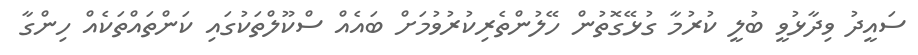
ސައީދު ވިދާޅުވީ ބުލީ ކުރުމާ ގުޅޭގޮތުން ހޭލުންތެރިކުރުވުމަށް ބައެއް ސްކޫލްތަކުގައި ކަންތައްތަކެއް ހިންގާ